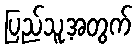
ပြည်သူ့အတွက်